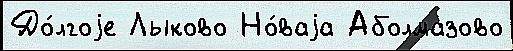
До́лгоjе Лыково Но́ваjа Аболмазово